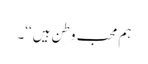
ہم محب وطن ہیں‘‘۔